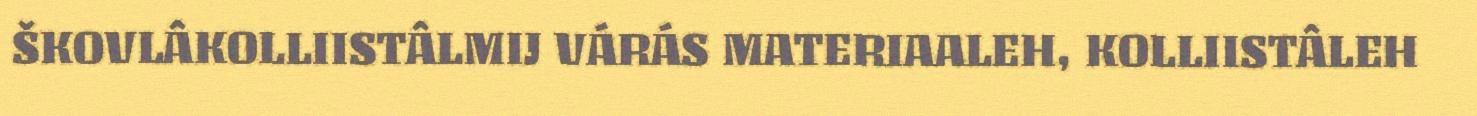
ŠKOVLÂKOLLIISTÂLMIJ VÁRÁS MATERIAALEH, KOLLIISTÂLEH